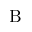
\mathrm { B }